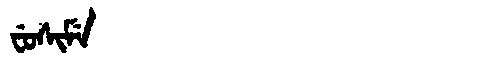
Manchu: ᠸᡠᠰᡳᠮᡝ
Romanization: FUSIME